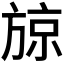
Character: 𭤼